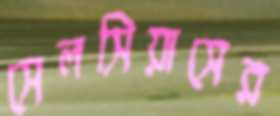
সেলসিয়াসের